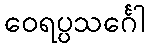
ဝေရပ္ပသင်္ဂေါ